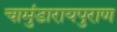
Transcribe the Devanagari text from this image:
चामुंडारायपुराण